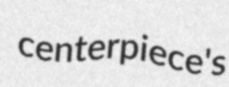
centerpiece's